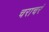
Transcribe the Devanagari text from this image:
चराचरं